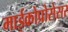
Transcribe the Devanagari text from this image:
माईक्रोप्रोसेसर